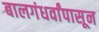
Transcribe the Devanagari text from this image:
बालगंधर्वांपासून